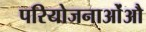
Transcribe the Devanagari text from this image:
परियोजनाओंऔ